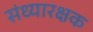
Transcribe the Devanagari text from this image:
संध्यारक्षक